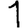
Digit: 1